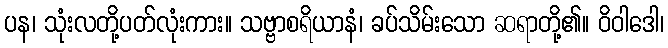
ပန၊ သုံးလတို့ပတ်လုံးကား။ သဗ္ဗာစရိယာနံ၊ ခပ်သိမ်းသော ဆရာတို့၏။ ဝိဝါဒေါ၊